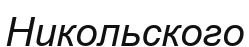
Никольского